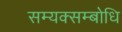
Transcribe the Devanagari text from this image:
सम्यक्सम्बोधि